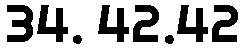
34. 42.42